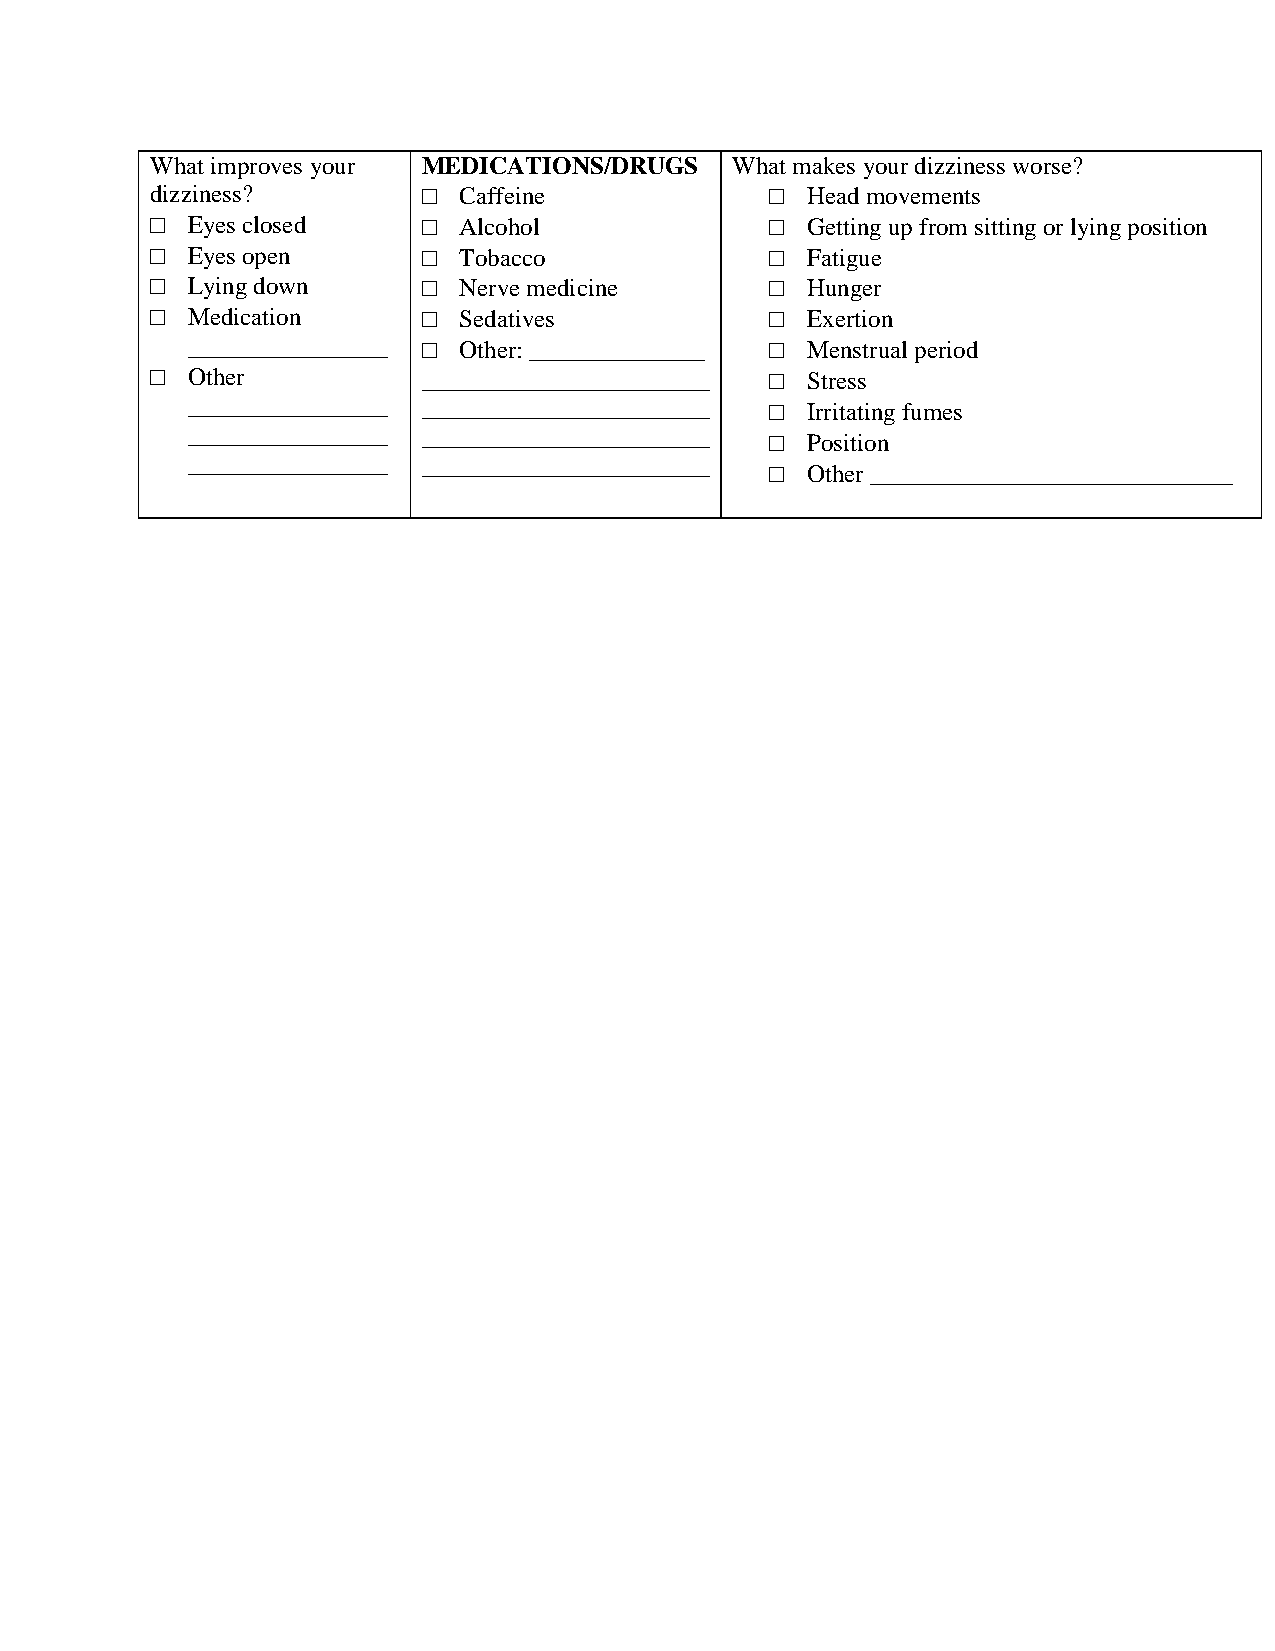
What improves your MEDICATIONS/DRUGS  What makes your dizziness worse?
 dizziness?        □ Caffeine             □ Head movements
 □ Eyes closed     □ Alcohol              □ Getting up from sitting or lying position
 □ Eyes open       □ Tobacco              □ Fatigue
 □ Lying down      □ Nerve medicine       □ Hunger
 □ Medication      □ Sedatives            □ Exertion
 ________________ □ Other: ______________ □ Menstrual period
 □ Other           _______________________ □ Stress
 ________________ _______________________ □ Irritating fumes
 ________________ _______________________ □ Position
 ________________ _______________________
 □ Other _____________________________